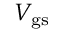
V _ { \mathrm { g s } }